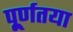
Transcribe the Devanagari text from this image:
पू्र्णतया